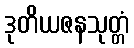
ဒုတိယဇနသုတ္တံ